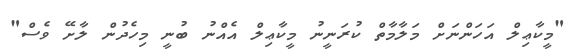
"މީކާޢިލް އަހަންނަށް މަލާމާތް ކުރަނީނު މީކާޢިލް އެއްނު ބުނީ މިހެދުން ލާށޭ ވެސް"